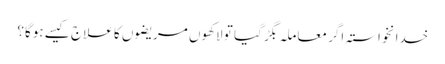
خدانخواستہ اگر معاملہ بگڑ گیا تو لاکھوں مریضوں کا علاج کیسے ہوگا؟